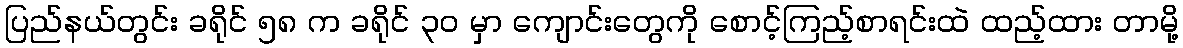
ပြည်နယ်တွင်း ခရိုင် ၅၈ က ခရိုင် ၃၀ မှာ ကျောင်းတွေကို စောင့်ကြည့်စာရင်းထဲ ထည့်ထား တာမို့